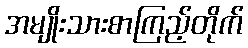
အမျိုးသားစာကြည့်တိုက်